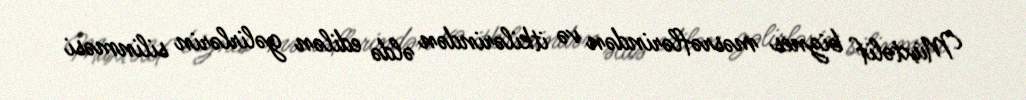
Müxtəlif biznes məsrəflərindən və itkilərindən əldə edilən gəlirlərin silinməsi